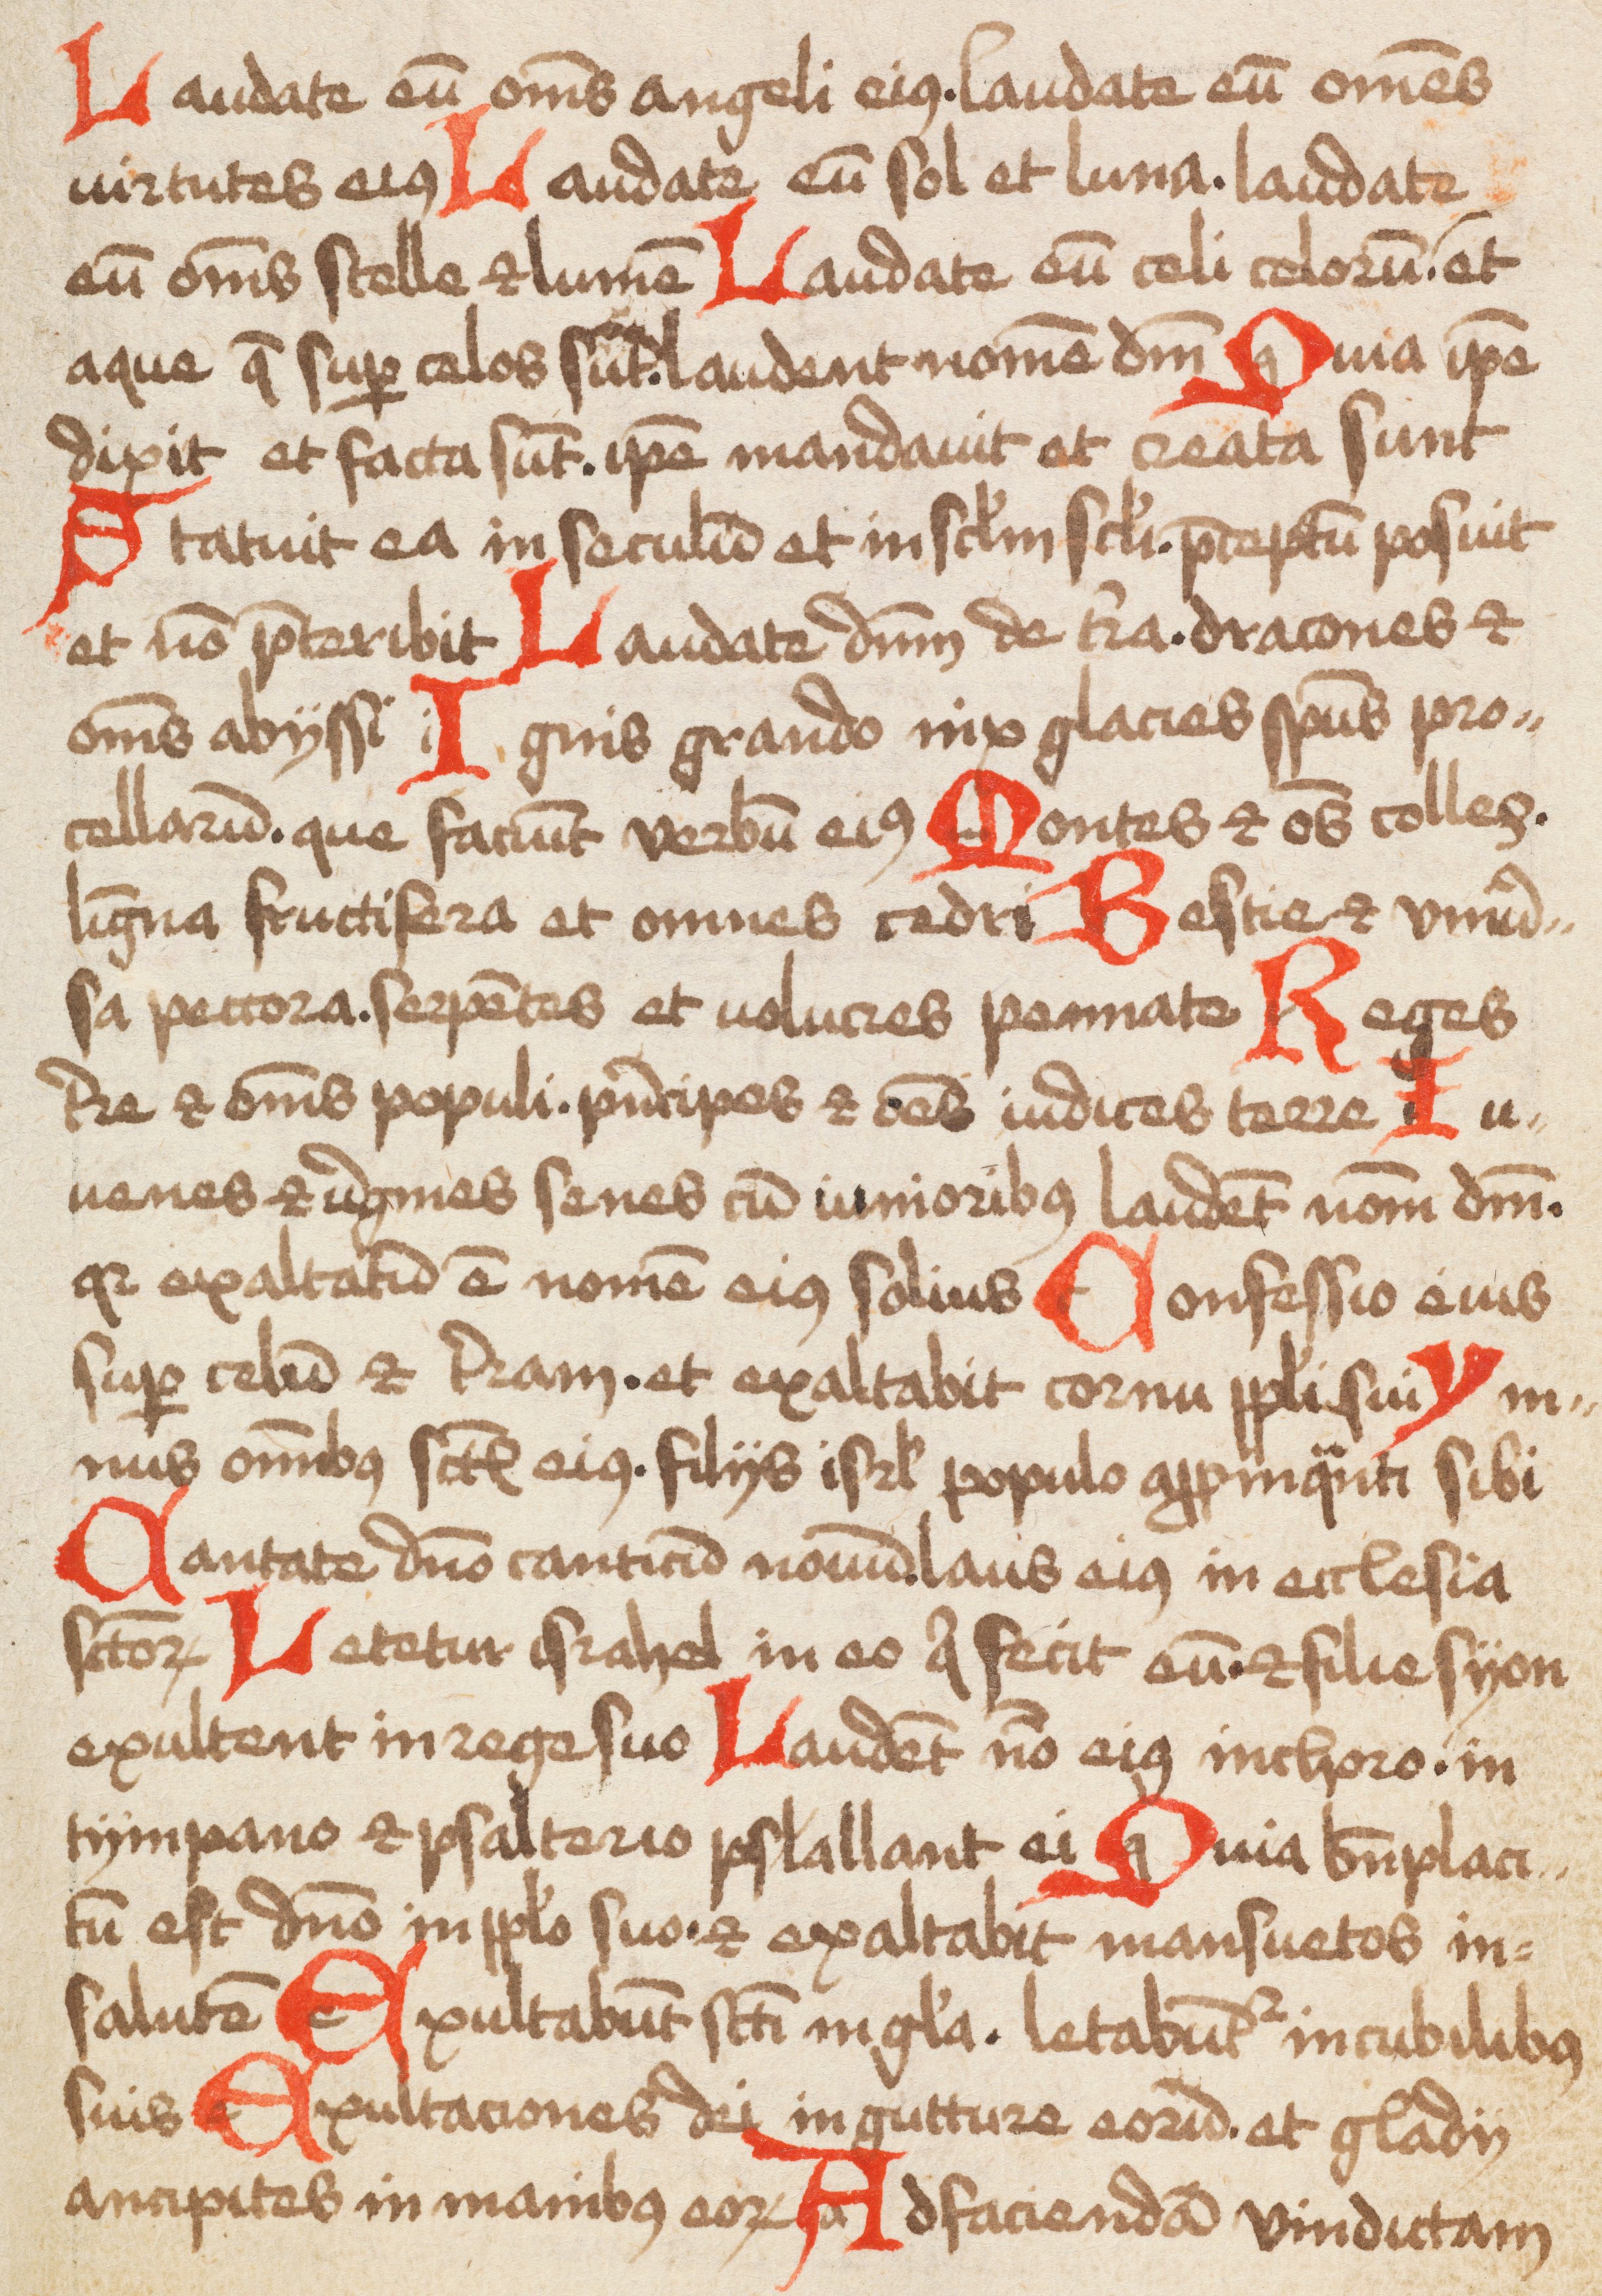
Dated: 1475–1499